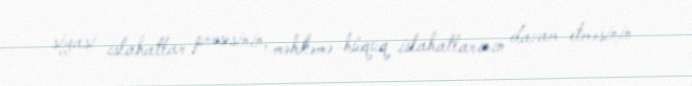
siyasi islahatlar prosesinin, məhkəmə-hüquq islahatlarının davam etməsinin